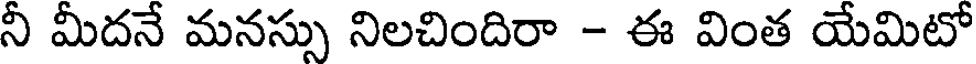
నీ మీదనే మనస్సు నిలచిందిరా - ఈ వింత యేమిటో